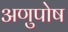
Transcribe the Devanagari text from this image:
अणुपोष